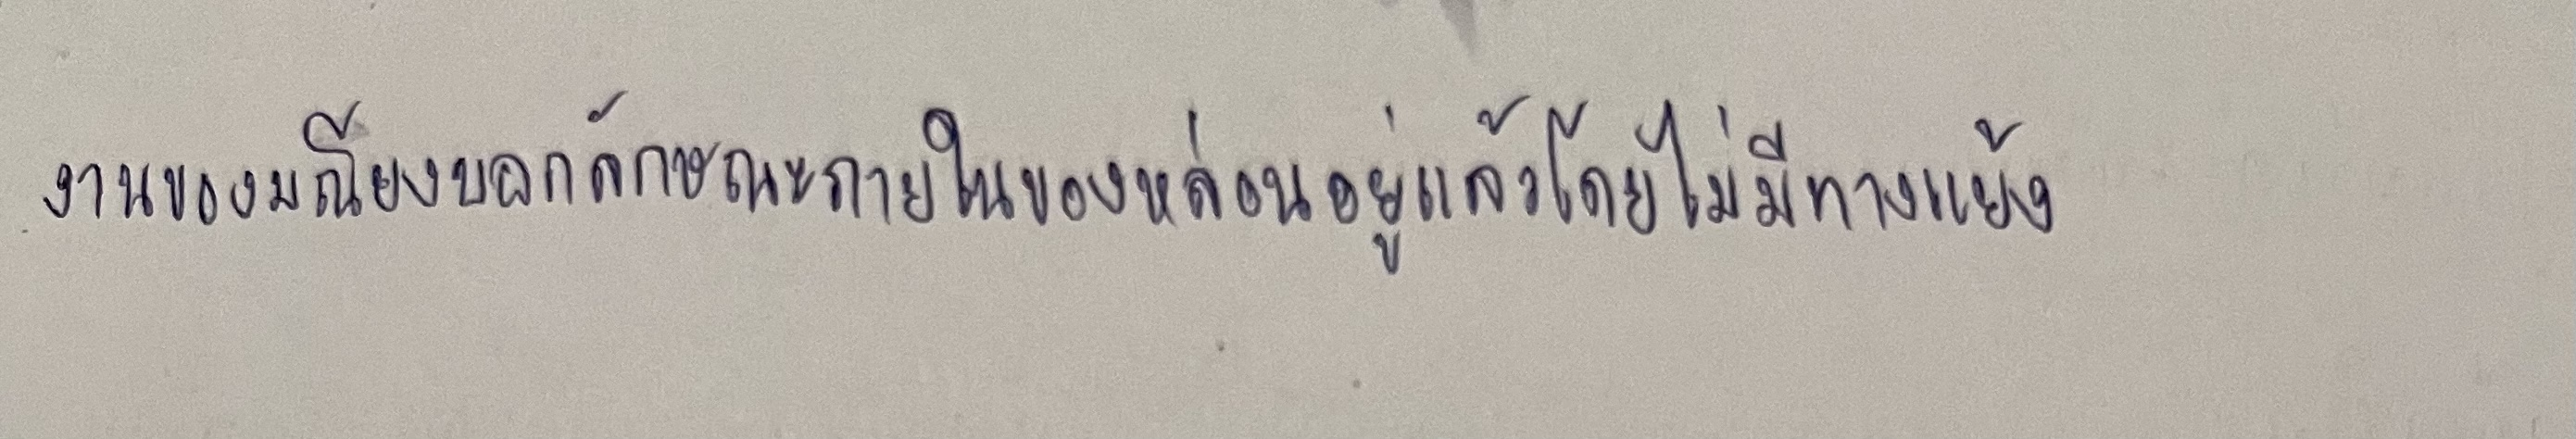
งานของมณียงบอกลักษณะภายในของหล่อนอยู่แล้วโดยไม่มีทางแย้ง